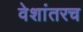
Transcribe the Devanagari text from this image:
वेशांतरच